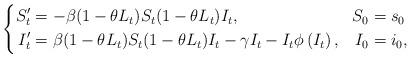
LaTeX: \begin{align*}\left\{\begin{aligned}S^\prime_t&=-\beta(1-\theta L_t)S_t (1-\theta L_t )I_t, & S_0 &= s_0\\I^\prime_t &=\beta(1-\theta L_t )S_t (1-\theta L_t )I_t -\gamma I_t -I_t \phi\left(I_t \right), & I_0 &= i_0,\end{aligned}\right.\end{align*}